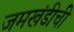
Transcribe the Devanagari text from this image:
जमखंडीची